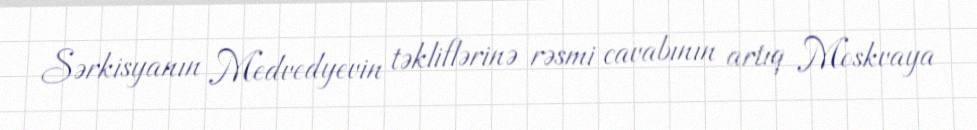
Sərkisyanın Medvedyevin təkliflərinə rəsmi cavabının artıq Moskvaya